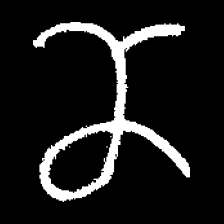
Pyu character \u2014 Myanmar letter: ဏ (romanized: nna)